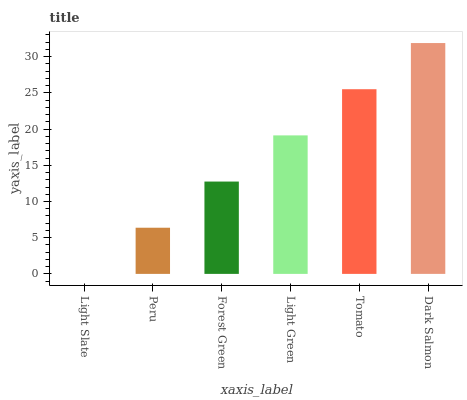
| xaxis_label | bars |
 | --- | --- |
 | Light Slate | 0 |
 | Peru | 6.38 |
 | Forest Green | 12.8 |
 | Light Green | 19.1 |
 | Tomato | 25.5 |
 | Dark Salmon | 31.9 |